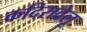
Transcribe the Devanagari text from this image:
कदिरावेलू